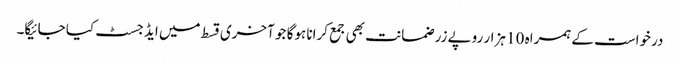
درخواست کے ہمراہ 10 ہزار روپے زر ضمانت بھی جمع کرانا ہوگا جو آخری قسط میں ایڈجسٹ کیا جائیگا۔